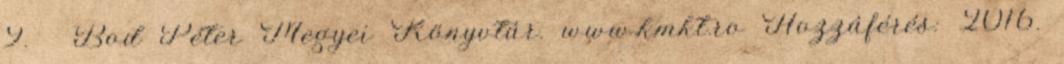
9. ↑ Bod Péter Megyei Könyvtár. www.kmkt.ro Hozzáférés: 2016.